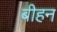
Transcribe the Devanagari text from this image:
बीहन